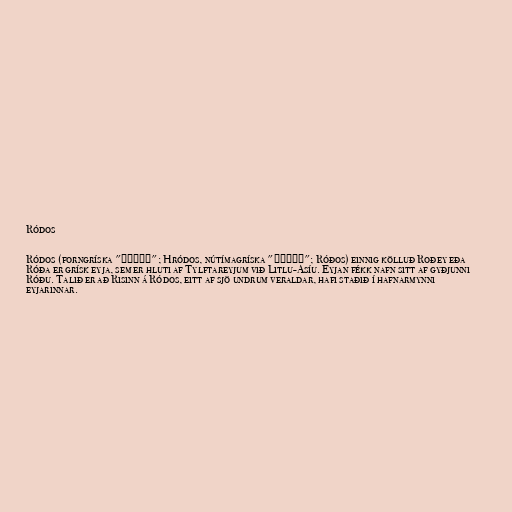
Ródos

Ródos (forngríska "Ῥόδος"; Hródos, nútímagríska "Ρόδος"; Róðos) einnig kölluð Roðey eða
Róða er grísk eyja, sem er hluti af Tylftareyjum við Litlu-Asíu. Eyjan fékk nafn sitt af gyðjunni
Róðu. Talið er að Risinn á Ródos, eitt af sjö undrum veraldar, hafi staðið í hafnarmynni
eyjarinnar.